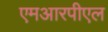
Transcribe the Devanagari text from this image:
एमआरपीएल